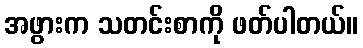
အဖွားက သတင်းစာကို ဖတ်ပါတယ်။